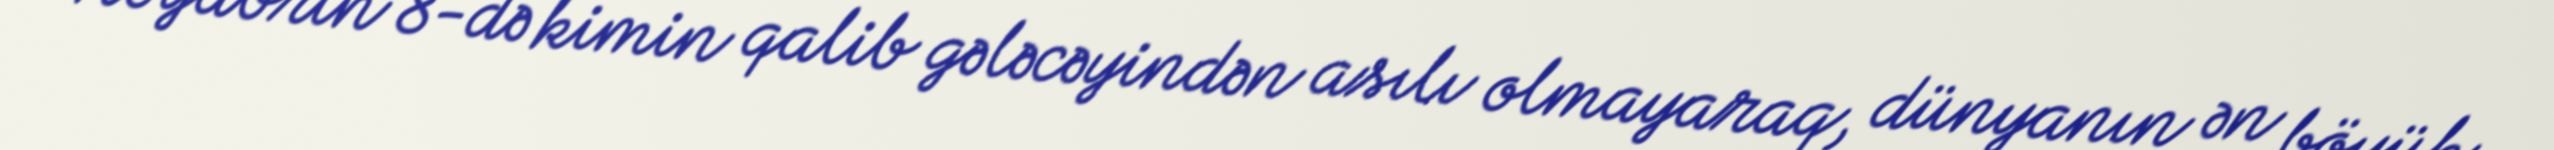
Noyabrın 8-də kimin qalib gələcəyindən asılı olmayaraq, dünyanın ən böyük